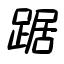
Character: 踞